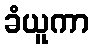
ခံယူကာ